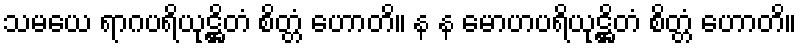
သမယေ ရာဂပရိယုဋ္ဌိတံ စိတ္တံ ဟောတိ။ န န မောဟပရိယုဋ္ဌိတံ စိတ္တံ ဟောတိ။